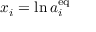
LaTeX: x _ { i } = \ln a _ { i } ^ { \mathrm { { e q } } }